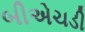
બીએચડી